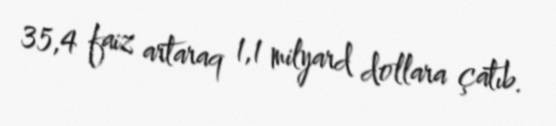
35,4 faiz artaraq 1,1 milyard dollara çatıb.